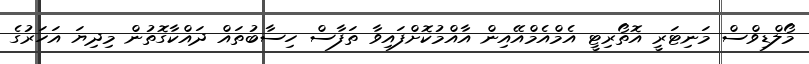
މޯލްޑިވްސް މަނިޓަރީ އޮތޯރިޓީ އެމްއެމްއޭއިން އާއްމުކޮށްފައިވާ ތަފާސް ހިސާބުތައް ދައްކާގޮތުން މިދިޔަ އަހަރުގެ